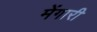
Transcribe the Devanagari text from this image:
मेंगारी